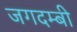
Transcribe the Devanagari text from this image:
जगदम्बी